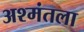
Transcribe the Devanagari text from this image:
अश्मंतला